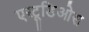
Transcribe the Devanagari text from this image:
एस्टूडिओस